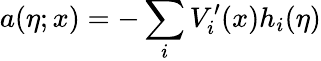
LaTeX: a(\eta;x)=-\sum_{i}V_{i}^{\prime}(x)h_{i}(\eta)